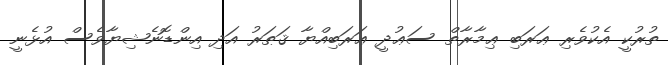
ތުރުކީ އެކުވެރި ޢަރަބި ޢިމާރާތް ސަޢުދީ ޢަރަބިއްޔާ ޤަޠަރު އަދި އިންޑޮނެޝިޔާވެސް އުޅެނީ